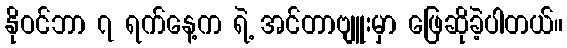
နိုဝင်ဘာ ၇ ရက်နေ့က ရဲ့ အင်တာဗျူးမှာ ဖြေဆိုခဲ့ပါတယ်။